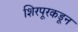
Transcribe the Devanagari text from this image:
शिरपूरकडून